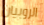
الروبيان